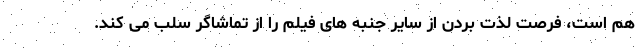
هم است، فرصت لذت بردن از سایر جنبه های فیلم را از تماشاگر سلب می کند.